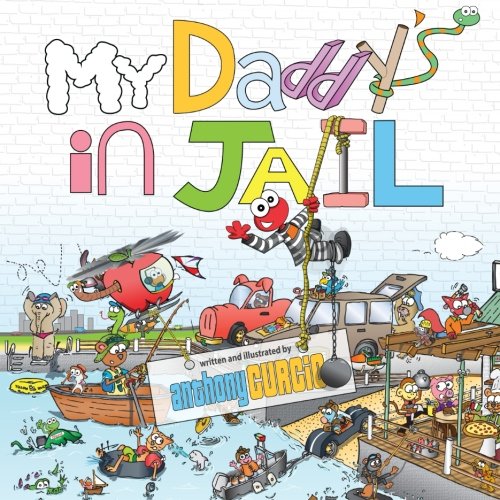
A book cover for My Daddy's In Jail; Anthony Curcio; Parenting & Relationships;